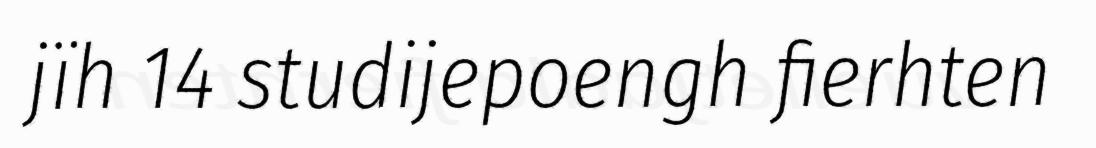
jïh 14 studijepoengh fierhten